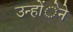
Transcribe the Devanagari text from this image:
उन्होंेने